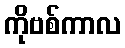
ကိုဗစ်ကာလ